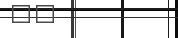
٤٩